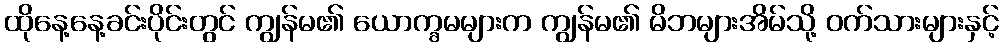
ထိုနေ့နေ့ခင်းပိုင်းတွင် ကျွန်မ၏ ယောက္ခမများက ကျွန်မ၏ မိဘများအိမ်သို့ ဝက်သားများနှင့်